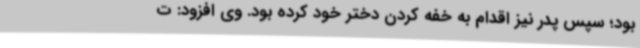
بود؛ سپس پدر نیز اقدام به خفه کردن دختر خود کرده بود. وی افزود: ت